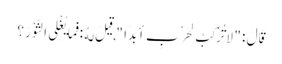
قَالَ : " لَا تُرْکَبُ لِحَرْبٍ أَبَدًا " , قِیلَ لَهُ : فَمَا یُغْلِی الثَّوْرَ ؟